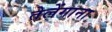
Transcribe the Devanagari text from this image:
तेलेंगाना